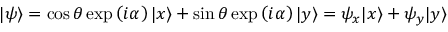
| \psi \rangle = \cos \theta \exp \left( i \alpha \right) | x \rangle + \sin \theta \exp \left( i \alpha \right) | y \rangle = \psi _ { x } | x \rangle + \psi _ { y } | y \rangle